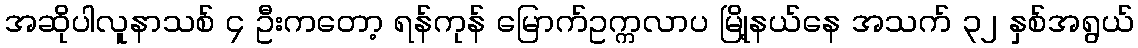
အဆိုပါလူနာသစ် ၄ ဦးကတော့ ရန်ကုန် မြောက်ဥက္ကလာပ မြို့နယ်နေ အသက် ၃၂ နှစ်အရွယ်